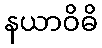
နယာဝိဓိ